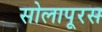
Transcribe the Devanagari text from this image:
सोलापूरस